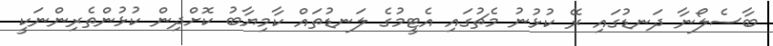
ބާސެލޯނާ ދަނޑުގައި ރޭ ކުޅުނު މެޗުގައި އެޓީމުގެ ލަނޑުތައް ކާމިޔާބު ކޮށްދިން ކުޅުންތެރިންނަކީ